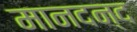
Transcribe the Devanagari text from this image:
मानदन्द